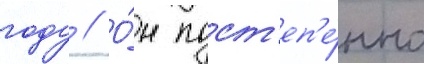
году // О́н пост'еп'е́нно